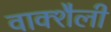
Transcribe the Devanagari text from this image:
वाक्शैली